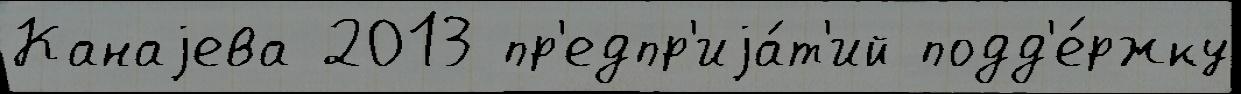
Канаjева 2013 пр'едпр'иjа́т'ий подд'е́ржку